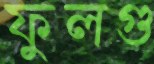
ফুলগু